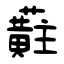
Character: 蘣